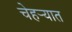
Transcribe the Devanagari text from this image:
चेहर्‍यात